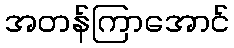
အတန်ကြာအောင်